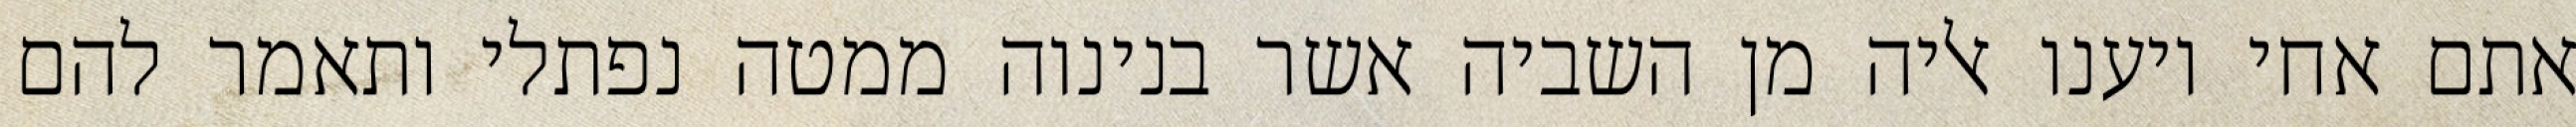
אתם אחי ויענו אליה מן השביה אשר בנינוה ממטה נפתלי ותאמר להם